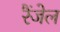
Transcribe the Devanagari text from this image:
रैंजेल